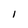
Character: l